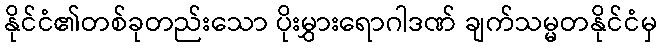
နိုင်ငံ၏တစ်ခုတည်းသော ပိုးမွှားရောဂါဒဏ် ချက်သမ္မတနိုင်ငံမှ